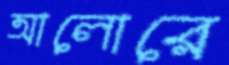
আলোরে